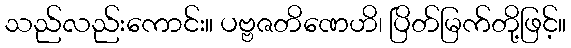
သည်လည်းကောင်း။ ပဗ္ဗဇတိဏေဟိ၊ ပြိတ်မြက်တို့ဖြင့်။